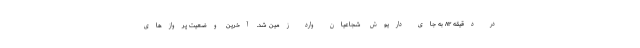
در دقیقه ۸۳ به جای داریوش شجاعیان وارد زمین شد. آخرین وضعیت پروازهای